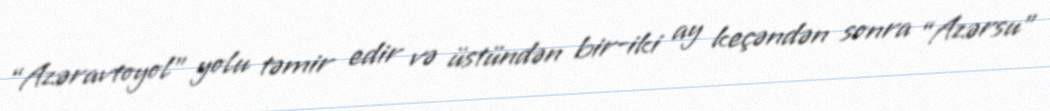
“Azəravtoyol” yolu təmir edir və üstündən bir-iki ay keçəndən sonra “Azərsu”